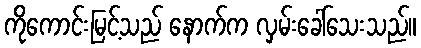
ကိုကောင်းမြင့်သည် နောက်က လှမ်းခေါ်သေးသည်။